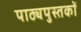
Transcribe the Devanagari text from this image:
पाठ्यपुस्‍तकों